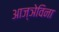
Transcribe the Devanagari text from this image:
आज्ञेविना